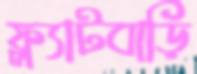
ফ্ল্যাটবাড়ি